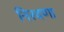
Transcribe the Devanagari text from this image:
निरवणा